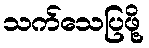
သက်သေပြဖို့